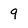
Character: g